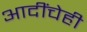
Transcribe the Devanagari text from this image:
आदींचेही